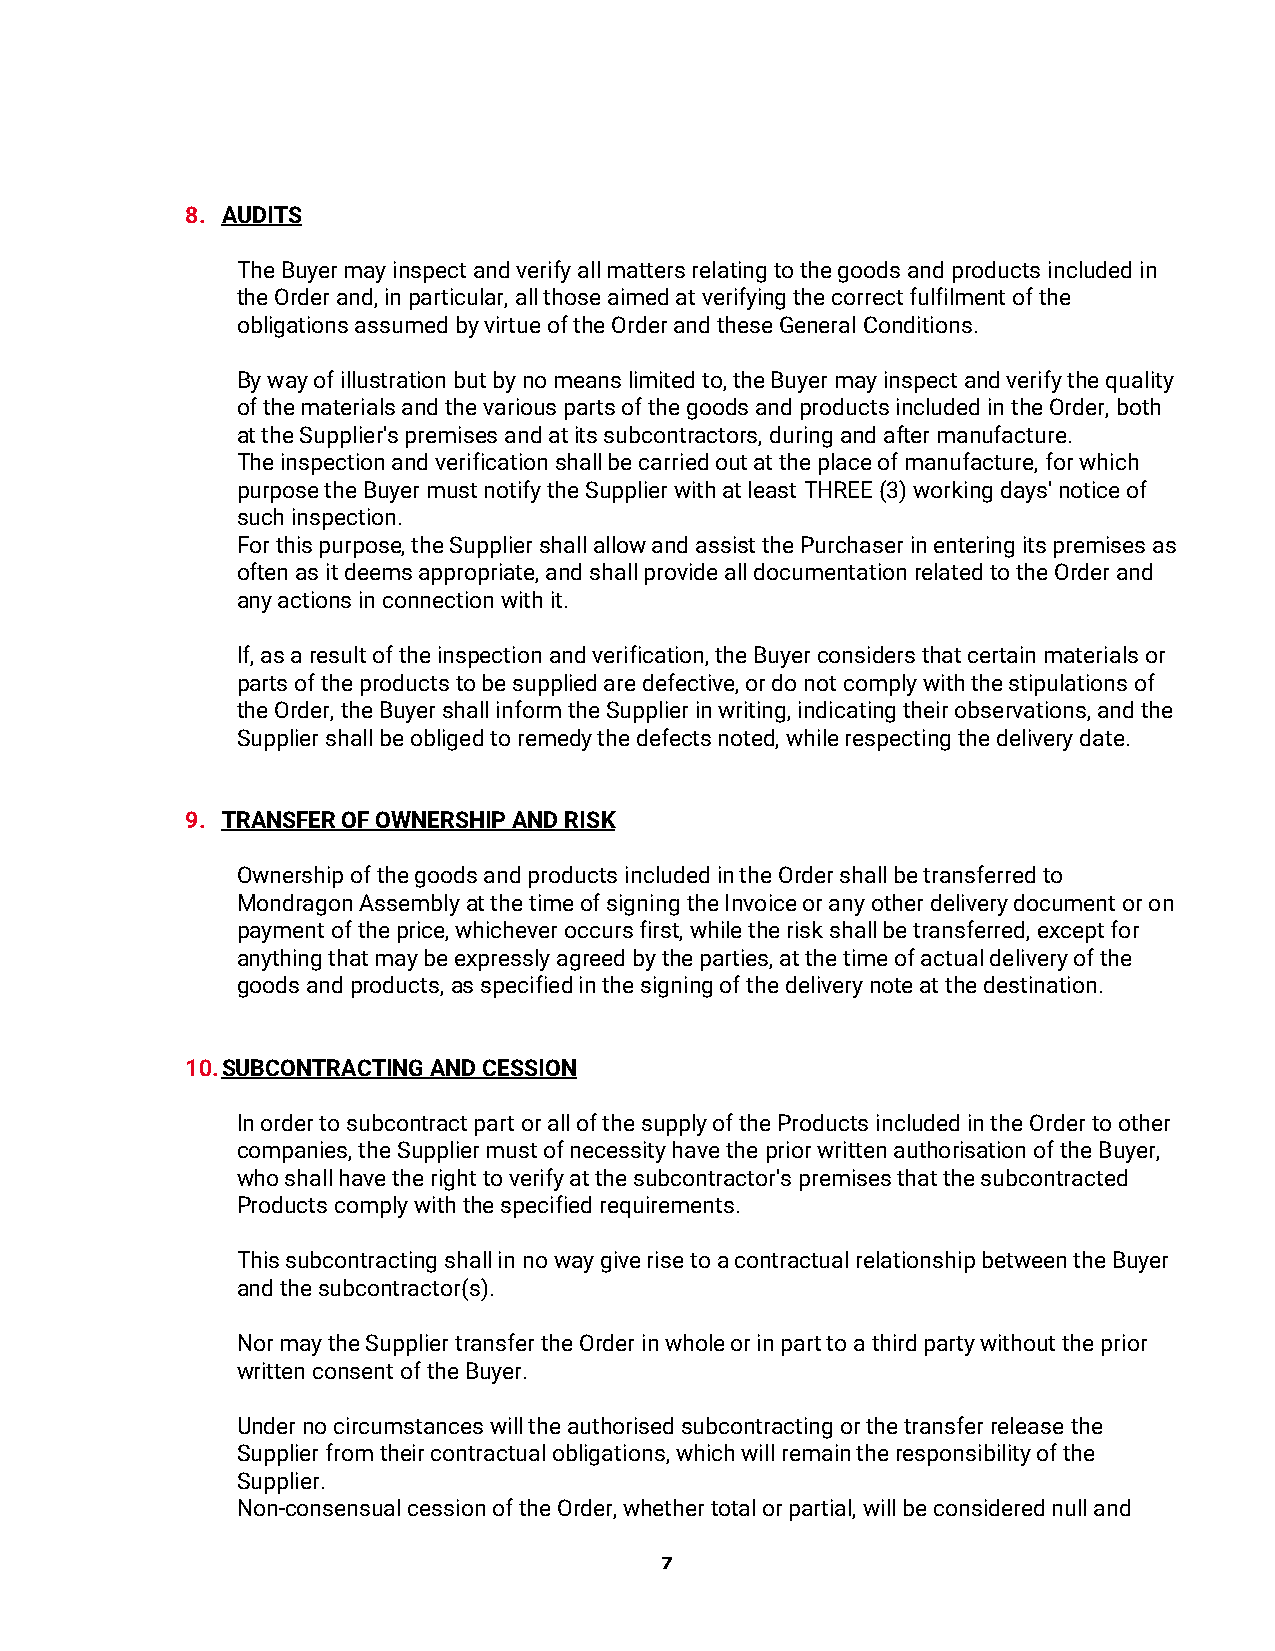
8. AUDITS
 The Buyer may inspect and verify all matters relating to the goods and products included in
 the Order and, in particular, all those aimed at verifying the correct fulfilment of the
 obligations assumed by virtue of the Order and these General Conditions.
 By way of illustration but by no means limited to, the Buyer may inspect and verify the quality
 of the materials and the various parts of the goods and products included in the Order, both
 at the Supplier's premises and at its subcontractors, during and after manufacture.
 The inspection and verification shall be carried out at the place of manufacture, for which
 purpose the Buyer must notify the Supplier with at least THREE (3) working days' notice of
 such inspection.
 For this purpose, the Supplier shall allow and assist the Purchaser in entering its premises as
 often as it deems appropriate, and shall provide all documentation related to the Order and
 any actions in connection with it.
 If, as a result of the inspection and verification, the Buyer considers that certain materials or
 parts of the products to be supplied are defective, or do not comply with the stipulations of
 the Order, the Buyer shall inform the Supplier in writing, indicating their observations, and the
 Supplier shall be obliged to remedy the defects noted, while respecting the delivery date.
 9. TRANSFER OF OWNERSHIP AND RISK
 Ownership of the goods and products included in the Order shall be transferred to
 Mondragon Assembly at the time of signing the Invoice or any other delivery document or on
 payment of the price, whichever occurs first, while the risk shall be transferred, except for
 anything that may be expressly agreed by the parties, at the time of actual delivery of the
 goods and products, as specified in the signing of the delivery note at the destination.
 10. SUBCONTRACTING AND CESSION
 In order to subcontract part or all of the supply of the Products included in the Order to other
 companies, the Supplier must of necessity have the prior written authorisation of the Buyer,
 who shall have the right to verify at the subcontractor's premises that the subcontracted
 Products comply with the specified requirements.
 This subcontracting shall in no way give rise to a contractual relationship between the Buyer
 and the subcontractor(s).
 Nor may the Supplier transfer the Order in whole or in part to a third party without the prior
 written consent of the Buyer.
 Under no circumstances will the authorised subcontracting or the transfer release the
 Supplier from their contractual obligations, which will remain the responsibility of the
 Supplier.
 Non-consensual cession of the Order, whether total or partial, will be considered null and
 7